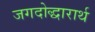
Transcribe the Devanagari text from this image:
जगदोद्धारार्थ